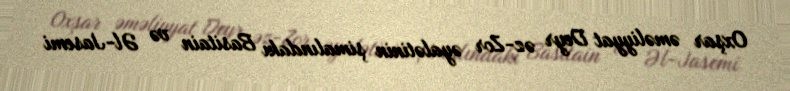
Oxşar əməliyyat Deyr əz-Zor əyalətinin şimalındakı Basitain və Əl-Jasemi